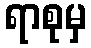
ရာစုမှ